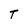
Character: T